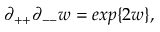
\partial _ { + + } \partial _ { -- } w = e x p \{ 2 w \} ,